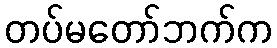
တပ်မတော်ဘက်က